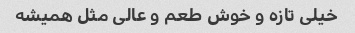
خیلی تازه و خوش طعم و عالی مثل همیشه